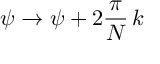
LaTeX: \psi \rightarrow \psi + 2 \frac { \pi } { N } \, k